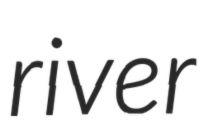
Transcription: river